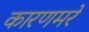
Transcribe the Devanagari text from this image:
कारणमरे